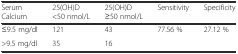
<table><thead><tr><td><b>Serum Calcium</b></td><td><b>25(OH)D &lt;50 nmol/L</b></td><td><b>25(OH)D ≥50 nmol/L</b></td><td><b>Sensitivity</b></td><td><b>Specificity</b></td></tr></thead><tbody><tr><td>≤9.5 mg/dl</td><td>121</td><td>43</td><td>77.56 %</td><td>27.12 %</td></tr><tr><td>&gt;9.5 mg/dl</td><td>35</td><td>16</td><td></td><td></td></tr></tbody></table>